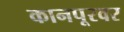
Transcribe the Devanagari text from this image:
कानपूरवर